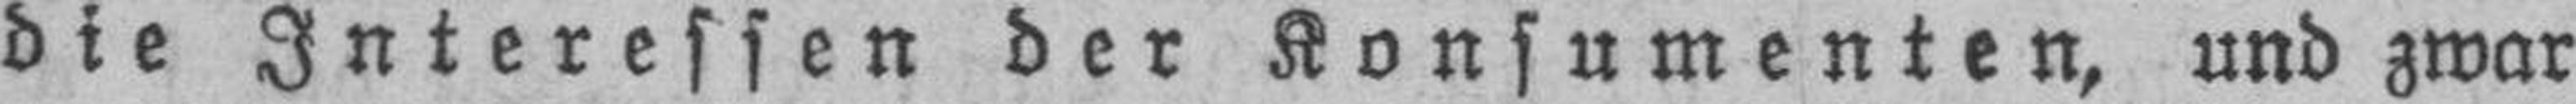
die Interessen der Konsumenten, und zwar